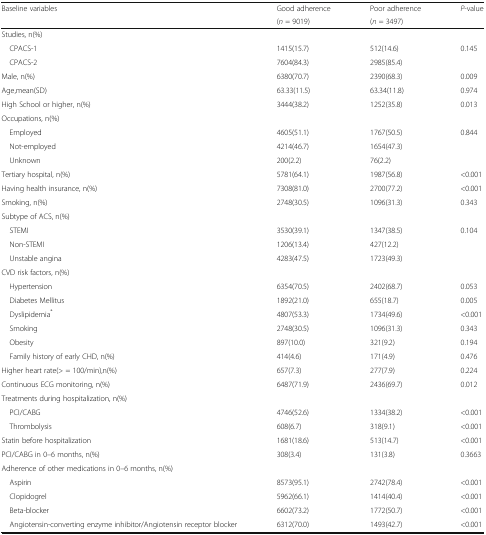
<table><thead><tr><td rowspan="2"><b>Baseline variables</b></td><td><b>Good adherence</b></td><td><b>Poor adherence</b></td><td><b><i>P</i>-value</b></td></tr><tr><td><b>(<i>n</i> = 9019)</b></td><td><b>(<i>n</i> = 3497)</b></td><td></td></tr></thead><tbody><tr><td colspan="4">Studies, n(%)</td></tr><tr><td> CPACS-1</td><td>1415(15.7)</td><td>512(14.6)</td><td>0.145</td></tr><tr><td> CPACS-2</td><td>7604(84.3)</td><td>2985(85.4)</td><td></td></tr><tr><td>Male, n(%)</td><td>6380(70.7)</td><td>2390(68.3)</td><td>0.009</td></tr><tr><td>Age,mean(SD)</td><td>63.33(11.5)</td><td>63.34(11.8)</td><td>0.974</td></tr><tr><td>High School or higher, n(%)</td><td>3444(38.2)</td><td>1252(35.8)</td><td>0.013</td></tr><tr><td colspan="4">Occupations, n(%)</td></tr><tr><td> Employed</td><td>4605(51.1)</td><td>1767(50.5)</td><td>0.844</td></tr><tr><td> Not-employed</td><td>4214(46.7)</td><td>1654(47.3)</td><td></td></tr><tr><td> Unknown</td><td>200(2.2)</td><td>76(2.2)</td><td></td></tr><tr><td>Tertiary hospital, n(%)</td><td>5781(64.1)</td><td>1987(56.8)</td><td>&lt;0.001</td></tr><tr><td>Having health insurance, n(%)</td><td>7308(81.0)</td><td>2700(77.2)</td><td>&lt;0.001</td></tr><tr><td>Smoking, n(%)</td><td>2748(30.5)</td><td>1096(31.3)</td><td>0.343</td></tr><tr><td colspan="4">Subtype of ACS, n(%)</td></tr><tr><td> STEMI</td><td>3530(39.1)</td><td>1347(38.5)</td><td>0.104</td></tr><tr><td> Non-STEMI</td><td>1206(13.4)</td><td>427(12.2)</td><td></td></tr><tr><td> Unstable angina</td><td>4283(47.5)</td><td>1723(49.3)</td><td></td></tr><tr><td colspan="4">CVD risk factors, n(%)</td></tr><tr><td> Hypertension</td><td>6354(70.5)</td><td>2402(68.7)</td><td>0.053</td></tr><tr><td> Diabetes Mellitus</td><td>1892(21.0)</td><td>655(18.7)</td><td>0.005</td></tr><tr><td> Dyslipidemia<sup>*</sup></td><td>4807(53.3)</td><td>1734(49.6)</td><td>&lt;0.001</td></tr><tr><td> Smoking</td><td>2748(30.5)</td><td>1096(31.3)</td><td>0.343</td></tr><tr><td> Obesity</td><td>897(10.0)</td><td>321(9.2)</td><td>0.194</td></tr><tr><td> Family history of early CHD, n(%)</td><td>414(4.6)</td><td>171(4.9)</td><td>0.476</td></tr><tr><td>Higher heart rate(&gt; = 100/min),n(%)</td><td>657(7.3)</td><td>277(7.9)</td><td>0.224</td></tr><tr><td>Continuous ECG monitoring, n(%)</td><td>6487(71.9)</td><td>2436(69.7)</td><td>0.012</td></tr><tr><td colspan="4">Treatments during hospitalization, n(%)</td></tr><tr><td> PCI/CABG</td><td>4746(52.6)</td><td>1334(38.2)</td><td>&lt;0.001</td></tr><tr><td> Thrombolysis</td><td>608(6.7)</td><td>318(9.1)</td><td>&lt;0.001</td></tr><tr><td>Statin before hospitalization</td><td>1681(18.6)</td><td>513(14.7)</td><td>&lt;0.001</td></tr><tr><td>PCI/CABG in 0–6 months, n(%)</td><td>308(3.4)</td><td>131(3.8)</td><td>0.3663</td></tr><tr><td colspan="4">Adherence of other medications in 0–6 months, n(%)</td></tr><tr><td> Aspirin</td><td>8573(95.1)</td><td>2742(78.4)</td><td>&lt;0.001</td></tr><tr><td> Clopidogrel</td><td>5962(66.1)</td><td>1414(40.4)</td><td>&lt;0.001</td></tr><tr><td> Beta-blocker</td><td>6602(73.2)</td><td>1772(50.7)</td><td>&lt;0.001</td></tr><tr><td> Angiotensin-converting enzyme inhibitor/Angiotensin receptor blocker</td><td>6312(70.0)</td><td>1493(42.7)</td><td>&lt;0.001</td></tr></tbody></table>